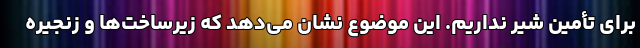
برای تأمین شیر نداریم. این موضوع نشان می‌دهد که زیرساخت‌ها و زنجیره